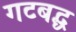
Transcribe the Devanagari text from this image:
गटबद्ध